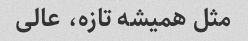
مثل همیشه تازه، عالی